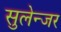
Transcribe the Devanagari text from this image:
सुलेन्जर